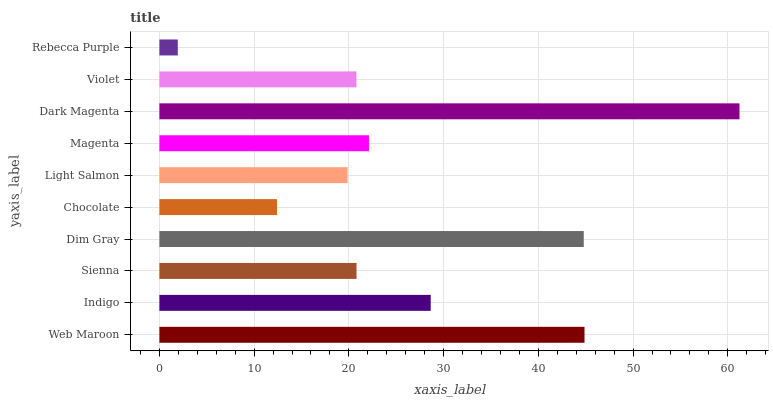
| yaxis_label | bars |
 | --- | --- |
 | Web Maroon | 44.9 |
 | Indigo | 28.6 |
 | Sienna | 20.8 |
 | Dim Gray | 44.8 |
 | Chocolate | 12.4 |
 | Light Salmon | 19.9 |
 | Magenta | 22.1 |
 | Dark Magenta | 61.2 |
 | Violet | 20.8 |
 | Rebecca Purple | 1.94 |